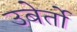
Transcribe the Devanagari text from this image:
उबेर्तो